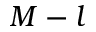
M - l